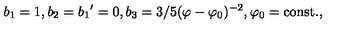
b _ { 1 } = 1 , b _ { 2 } = { b _ { 1 } } ^ { \prime } = 0 , b _ { 3 } = { 3 } / { 5 } ( \varphi - \varphi _ { 0 } ) ^ { - 2 } , \varphi _ { 0 } = \mathrm { c o n s t . } ,